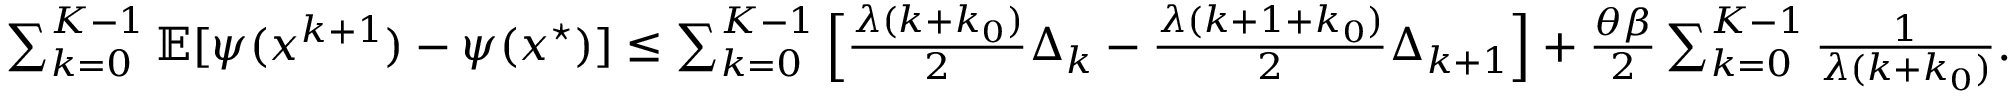
\begin{array} { r } { \sum _ { k = 0 } ^ { K - 1 } \mathbb { E } [ \psi ( x ^ { k + 1 } ) - \psi ( x ^ { \star } ) ] \leq \sum _ { k = 0 } ^ { K - 1 } \Big [ \frac { \lambda ( k + k _ { 0 } ) } { 2 } \Delta _ { k } - \frac { \lambda ( k + 1 + k _ { 0 } ) } { 2 } \Delta _ { k + 1 } \Big ] + \frac { \theta \beta } { 2 } \sum _ { k = 0 } ^ { K - 1 } \frac { 1 } { \lambda ( k + k _ { 0 } ) } . } \end{array}